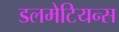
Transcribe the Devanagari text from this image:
डलमेटियन्स